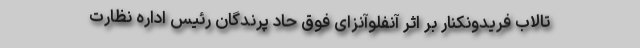
تالاب فریدونکنار بر اثر آنفلوآنزای فوق حاد پرندگان رئیس اداره نظارت